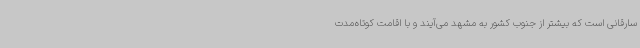
سارقانی است که بیشتر از جنوب کشور به مشهد می‌آیند و با اقامت کوتاه‌مدت